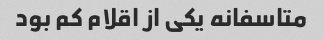
متاسفانه یکی از اقلام کم بود